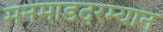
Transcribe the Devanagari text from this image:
मनमाडदरम्यान